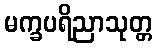
မက္ခပရိညာသုတ္တ